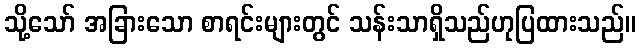
သို့သော် အခြားသော စာရင်းများတွင် သန်းသာရှိသည်ဟုပြထားသည်။